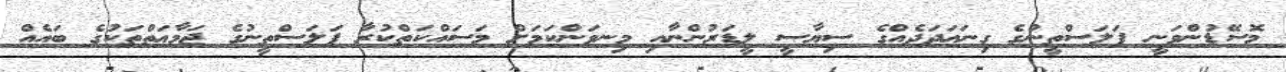
މޮސޭޑުންވަނީ ފަލަސްތީނުގެ ގިނަޢަދަދެއްގެ ސިޔާސީ ލީޑަރުންނާއި މިނވަންކަމަށް މަސައްކަތްކުރާ ފަލަސްތީނުގެ ޖަމާޢަތްތަކުގެ ބައެއް